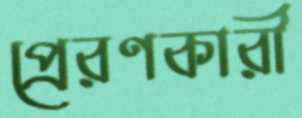
প্রেরণকারী